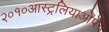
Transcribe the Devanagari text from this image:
२०१०आस्ट्रलियाओपेन